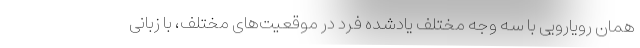
همان رویارویی با سه وجه مختلف یادشده فرد در موقعیت‌های مختلف، با زبانی